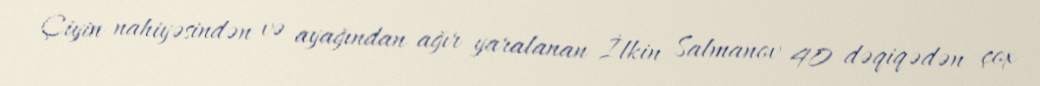
Çiyin nahiyəsindən və ayağından ağır yaralanan İlkin Salmanov 40 dəqiqədən çox